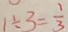
1 \div 3 = \frac { 1 } { 3 }